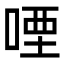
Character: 㖶